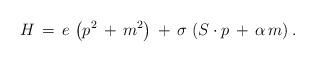
LaTeX: \begin{align*}H \,=\, e\,\left( p^2 \,+\, m^2 \right) \,+\, \sigma \,\left( S \cdot p \, +\, \alpha \, m\right).\end{align*}